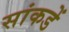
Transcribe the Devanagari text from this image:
सांकडें